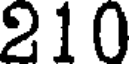
210